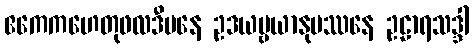
ဧကေကဟေတုဖလဒီပနေ ဥဒယဗ္ဗယာနုပဿနေ ဥဠာရသဒ္ဒါ